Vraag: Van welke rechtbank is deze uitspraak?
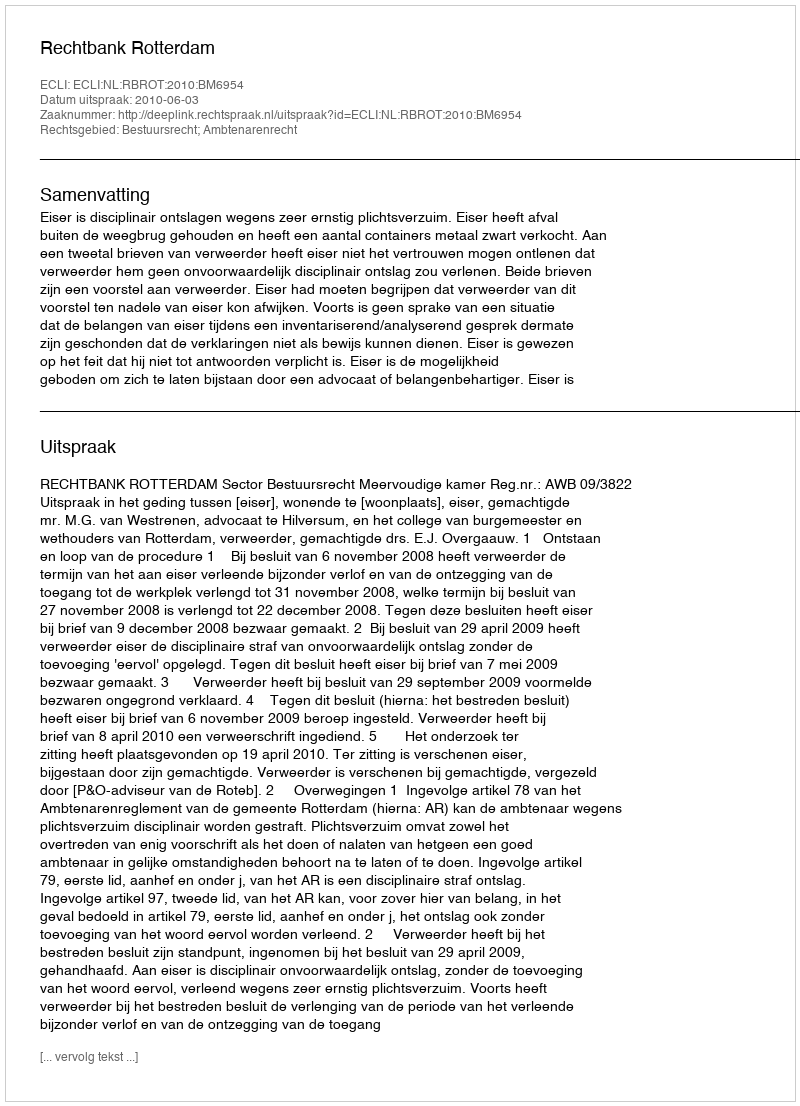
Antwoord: Rechtbank Rotterdam